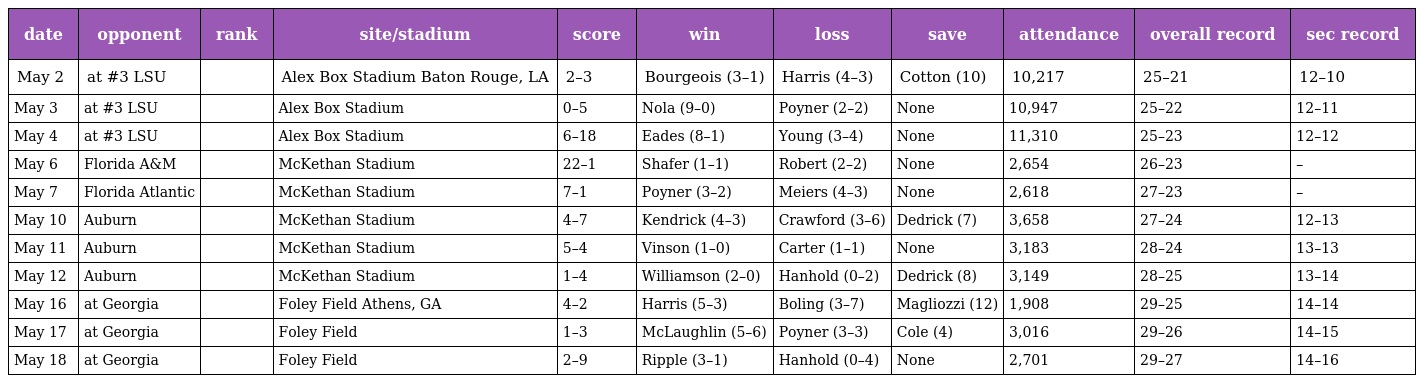
| date | opponent | rank | site/stadium | score | win | loss | save | attendance | overall record | sec record |
 | --- | --- | --- | --- | --- | --- | --- | --- | --- | --- | --- |
 | May 2 | at #3 LSU |  | Alex Box Stadium Baton Rouge, LA | 2–3 | Bourgeois (3–1) | Harris (4–3) | Cotton (10) | 10,217 | 25–21 | 12–10 |
 | May 3 | at #3 LSU |  | Alex Box Stadium | 0–5 | Nola (9–0) | Poyner (2–2) | None | 10,947 | 25–22 | 12–11 |
 | May 4 | at #3 LSU |  | Alex Box Stadium | 6–18 | Eades (8–1) | Young (3–4) | None | 11,310 | 25–23 | 12–12 |
 | May 6 | Florida A&M |  | McKethan Stadium | 22–1 | Shafer (1–1) | Robert (2–2) | None | 2,654 | 26–23 | – |
 | May 7 | Florida Atlantic |  | McKethan Stadium | 7–1 | Poyner (3–2) | Meiers (4–3) | None | 2,618 | 27–23 | – |
 | May 10 | Auburn |  | McKethan Stadium | 4–7 | Kendrick (4–3) | Crawford (3–6) | Dedrick (7) | 3,658 | 27–24 | 12–13 |
 | May 11 | Auburn |  | McKethan Stadium | 5–4 | Vinson (1–0) | Carter (1–1) | None | 3,183 | 28–24 | 13–13 |
 | May 12 | Auburn |  | McKethan Stadium | 1–4 | Williamson (2–0) | Hanhold (0–2) | Dedrick (8) | 3,149 | 28–25 | 13–14 |
 | May 16 | at Georgia |  | Foley Field Athens, GA | 4–2 | Harris (5–3) | Boling (3–7) | Magliozzi (12) | 1,908 | 29–25 | 14–14 |
 | May 17 | at Georgia |  | Foley Field | 1–3 | McLaughlin (5–6) | Poyner (3–3) | Cole (4) | 3,016 | 29–26 | 14–15 |
 | May 18 | at Georgia |  | Foley Field | 2–9 | Ripple (3–1) | Hanhold (0–4) | None | 2,701 | 29–27 | 14–16 |